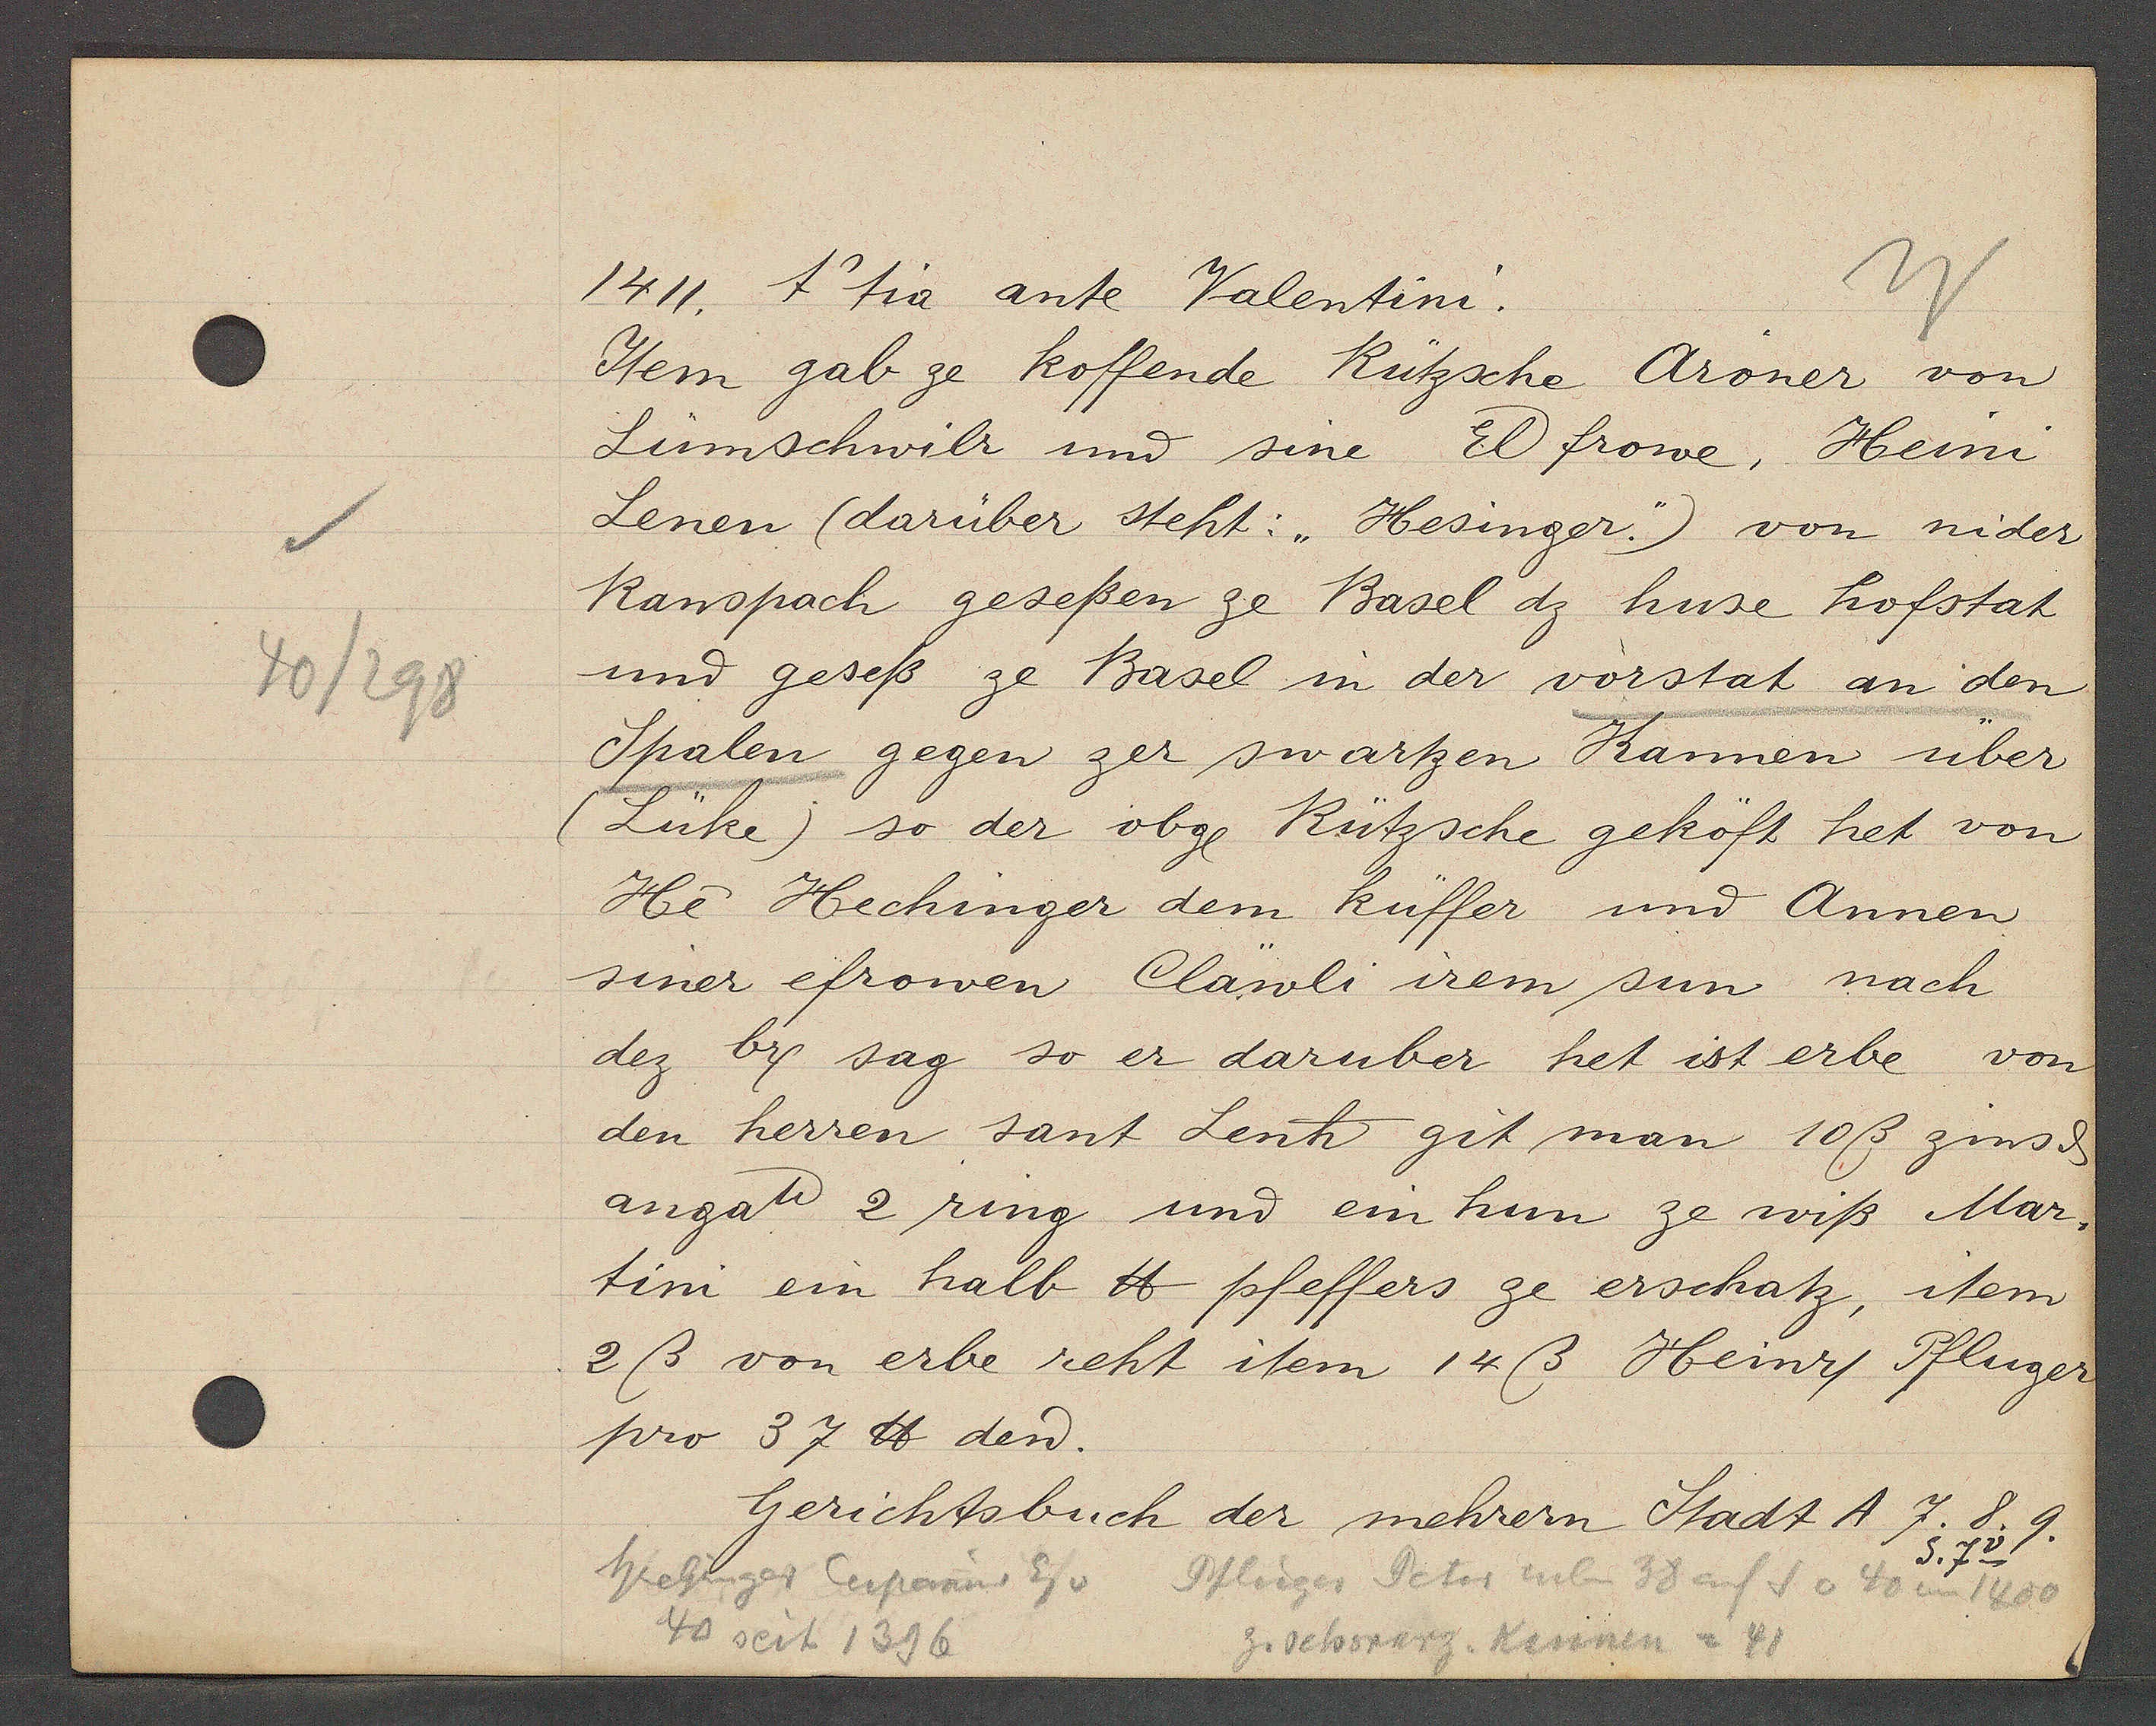
Transcript:
40/298

1411. t tia ante Valentini.

Item gab ze koffende Rützsche Aroner von
Lünschwilr und sine El frowe, Heini
Lenen (darüber steht: "Hesinger.") von nider
Ranspach gesessen ze Basel dz huse hofstatt
und gesess ze Basel in der vorstatt an den
Spalen gegen zer swartzen Kannen über
(Lüke) so der obge Rützsche geköft het von
He Hechinger dem küffer und Annen
siner efrowen Cläwli irem sun nach
dez by sag so er daruber het ist erbe von
den herren sant Lenh git man 10ß zins ȡ
angati 2 ring und ein hun ze wiß Mar¬
tini ein halb ℔ pfeffers ze erschatz, item
2ß von erbe reht item 14ß Heinry Pfluger
pro 37 ℔ den.

Gerichtsbuch der mehrern Stadt A 7. 8. 9.
S. 7v

Wietliger Cupanus Eg v
Pfleiger Peter neben 38 auf S v 40 um 1400
40 seit 1396
z. schwarz. Kannen = 41